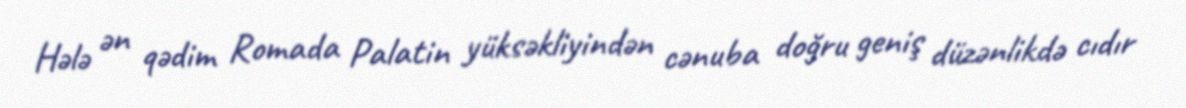
Hələ ən qədim Romada Palatin yüksəkliyindən cənuba doğru geniş düzənlikdə cıdır